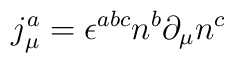
j^a_\mu =\epsilon^{abc}n^b\partial_\mu n^c